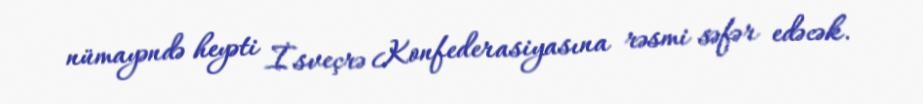
nümayəndə heyəti İsveçrə Konfederasiyasına rəsmi səfər edəcək.